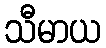
သီမာယ